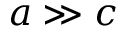
a \gg c